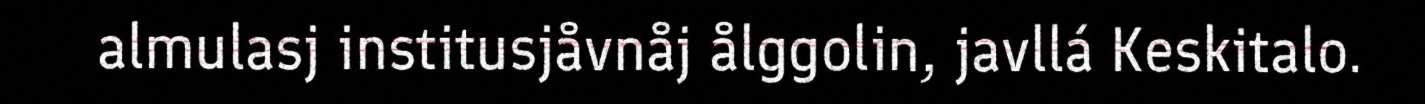
almulasj institusjåvnåj ålggolin, javllá Keskitalo.